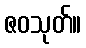
ဇဝသုတ်။